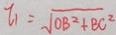
i _ { 1 } = \sqrt { O B ^ { 2 } + B C ^ { 2 } }